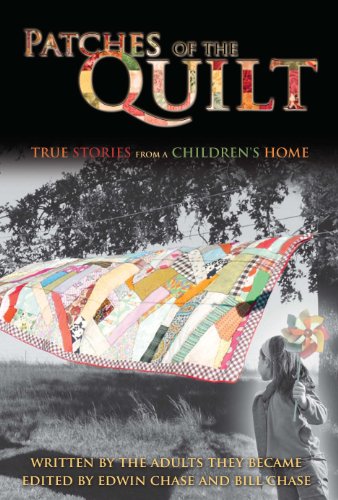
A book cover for Patches of the Quilt; Edwin Chase; Teen & Young Adult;